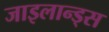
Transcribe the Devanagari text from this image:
जाइलान्ड्स